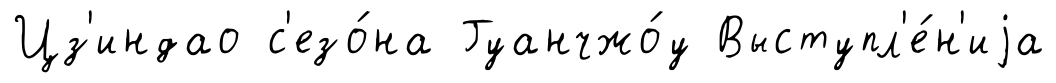
Цз'индао с'езо́на Гуанчжо́у Выступл'е́н'иjа